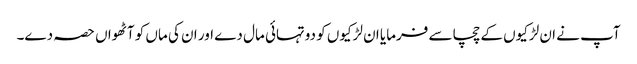
آپ نے ان لڑکیوں کے چچا سے فرمایا ان لڑکیوں کو دوتہائی مال دے اور ان کی ماں کو آٹھواں حصہ دے۔